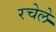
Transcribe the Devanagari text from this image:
रचेले